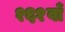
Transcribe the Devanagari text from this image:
१६१वाँ